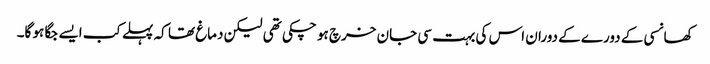
کھانسی کے دورے کے دوران اس کی بہت سی جان خرچ ہو چکی تھی لیکن دماغ تھا کہ پہلے کب ایسے جگا ہو گا۔